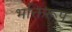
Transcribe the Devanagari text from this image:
भक्तिरूप